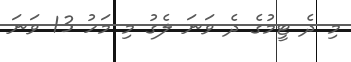
މި ދެ ޓީމުުގެ ދެ ވަނަ ލެގު މި މަހު 13 ވަނަ